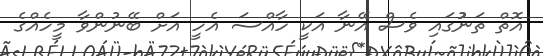
އޮތް ތަނުުގައި ވެސް އޭނާ އަކީ ހާއްސަ އެހީ އަށް ބޭނުންވާ މީހެއްގެ